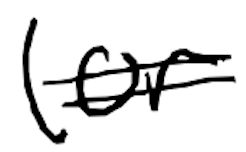
Text: (or
Cross-out: mix
Writing tool: digital_black